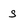
Character: g